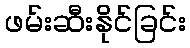
ဖမ်းဆီးနိုင်ခြင်း